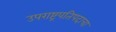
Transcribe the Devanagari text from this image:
उपराष्ट्रपतिपदाचा